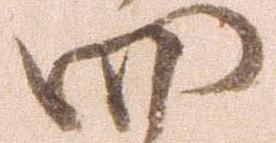
四